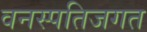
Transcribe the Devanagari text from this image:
वनस्पतिजगत